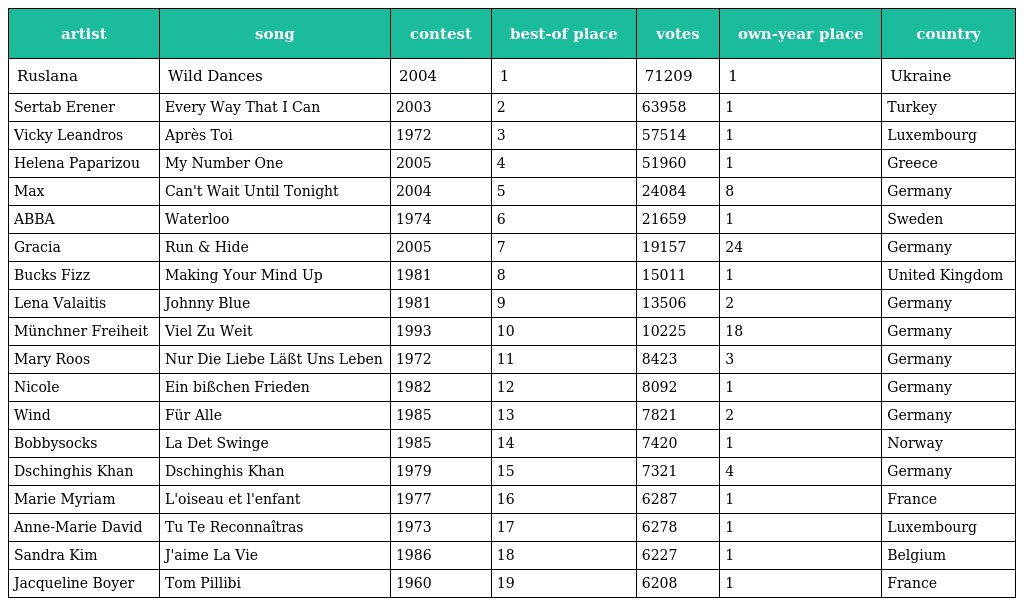
| artist | song | contest | best-of place | votes | own-year place | country |
 | --- | --- | --- | --- | --- | --- | --- |
 | Ruslana | Wild Dances | 2004 | 1 | 71209 | 1 | Ukraine |
 | Sertab Erener | Every Way That I Can | 2003 | 2 | 63958 | 1 | Turkey |
 | Vicky Leandros | Après Toi | 1972 | 3 | 57514 | 1 | Luxembourg |
 | Helena Paparizou | My Number One | 2005 | 4 | 51960 | 1 | Greece |
 | Max | Can't Wait Until Tonight | 2004 | 5 | 24084 | 8 | Germany |
 | ABBA | Waterloo | 1974 | 6 | 21659 | 1 | Sweden |
 | Gracia | Run & Hide | 2005 | 7 | 19157 | 24 | Germany |
 | Bucks Fizz | Making Your Mind Up | 1981 | 8 | 15011 | 1 | United Kingdom |
 | Lena Valaitis | Johnny Blue | 1981 | 9 | 13506 | 2 | Germany |
 | Münchner Freiheit | Viel Zu Weit | 1993 | 10 | 10225 | 18 | Germany |
 | Mary Roos | Nur Die Liebe Läßt Uns Leben | 1972 | 11 | 8423 | 3 | Germany |
 | Nicole | Ein bißchen Frieden | 1982 | 12 | 8092 | 1 | Germany |
 | Wind | Für Alle | 1985 | 13 | 7821 | 2 | Germany |
 | Bobbysocks | La Det Swinge | 1985 | 14 | 7420 | 1 | Norway |
 | Dschinghis Khan | Dschinghis Khan | 1979 | 15 | 7321 | 4 | Germany |
 | Marie Myriam | L'oiseau et l'enfant | 1977 | 16 | 6287 | 1 | France |
 | Anne-Marie David | Tu Te Reconnaîtras | 1973 | 17 | 6278 | 1 | Luxembourg |
 | Sandra Kim | J'aime La Vie | 1986 | 18 | 6227 | 1 | Belgium |
 | Jacqueline Boyer | Tom Pillibi | 1960 | 19 | 6208 | 1 | France |